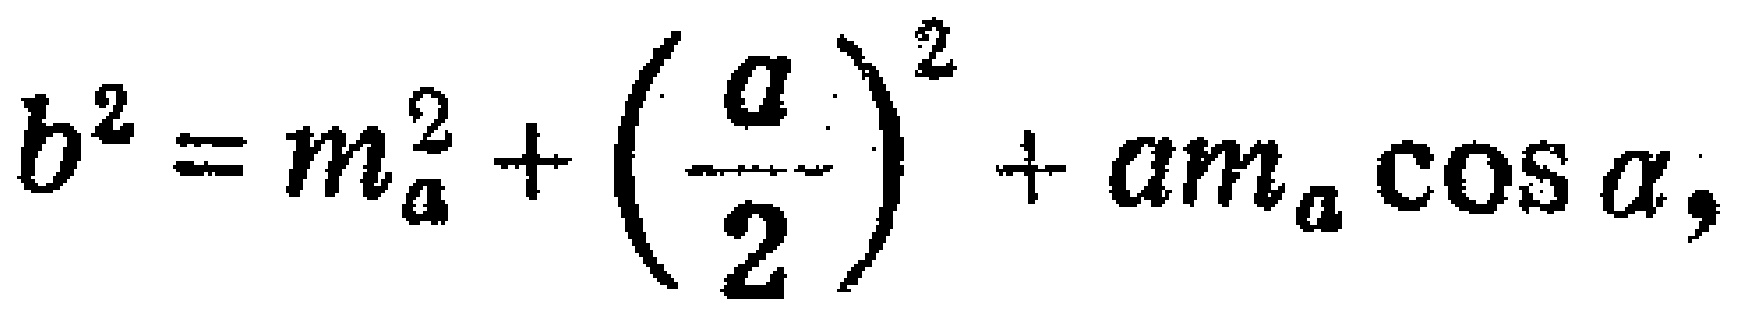
\[b^{2}=m_{a}^{2}+\left(\frac{a}{2}\right)^{2}+am_{a}\cos\alpha,\]